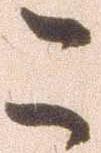
こ